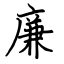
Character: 廉